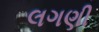
લગણી